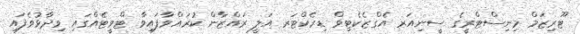
ޓޫރިޒަމް މިނިސްޓްރީގެ ސީނިއަރ އެގްޒެކެޓިވް ޑިރެކްޓަރ އަލީ ރައްޒާން ކުރައްވާފައިވާ ޓްވީޓެއްގައި ވިދާޅުވެފައި